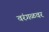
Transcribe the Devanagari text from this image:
वरंगळवर